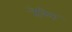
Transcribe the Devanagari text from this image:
नेत्रिक